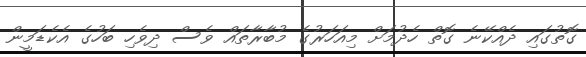
ގޮތުގައި ދެއްކޭނެ ގޮތް ހެދުމަށް މިއަހަރުގެ މުބާރާތައް ވެސް ދިވެހި ބަހުގެ އެކެޑަމީން